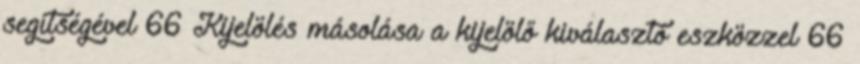
segítségével 66 Kijelölés másolása a kijelölő kiválasztó eszközzel 66